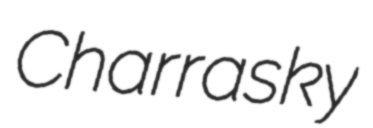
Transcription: Charrasky